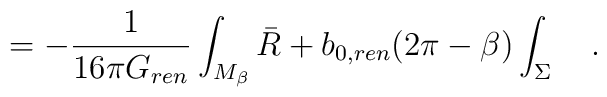
=-{1 \over 16\pi G_{ren}}\int_{M_{\beta}}\bar{R}+b_{0,ren}(2\pi-\beta)\int_{\Sigma}~~~.